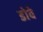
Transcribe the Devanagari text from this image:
डोवे